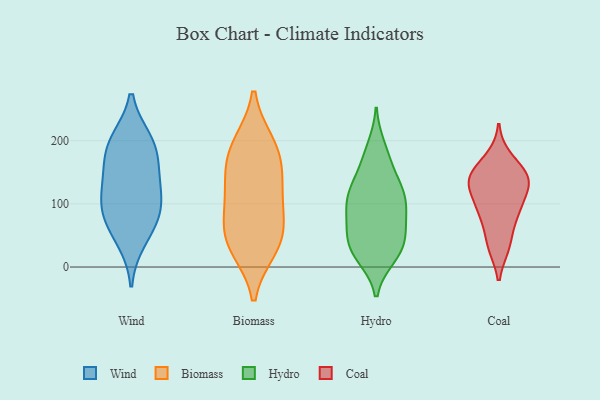
{"axis": {"x": "Gross Profit (USD K)", "y": "Value"}, "legend": ["Biomass", "Coal", "Hydro", "Wind"], "data": [{"x": "", "y": 91, "type": "Wind"}, {"x": "", "y": 123, "type": "Wind"}, {"x": "", "y": 87, "type": "Wind"}, {"x": "", "y": 72, "type": "Wind"}, {"x": "", "y": 180, "type": "Wind"}, {"x": "", "y": 200, "type": "Wind"}, {"x": "", "y": 158, "type": "Wind"}, {"x": "", "y": 126, "type": "Wind"}, {"x": "", "y": 43, "type": "Wind"}, {"x": "", "y": 200, "type": "Wind"}, {"x": "", "y": 38, "type": "Biomass"}, {"x": "", "y": 194, "type": "Biomass"}, {"x": "", "y": 123, "type": "Biomass"}, {"x": "", "y": 31, "type": "Biomass"}, {"x": "", "y": 96, "type": "Biomass"}, {"x": "", "y": 44, "type": "Biomass"}, {"x": "", "y": 71, "type": "Biomass"}, {"x": "", "y": 139, "type": "Biomass"}, {"x": "", "y": 190, "type": "Biomass"}, {"x": "", "y": 169, "type": "Biomass"}, {"x": "", "y": 50, "type": "Hydro"}, {"x": "", "y": 126, "type": "Hydro"}, {"x": "", "y": 63, "type": "Hydro"}, {"x": "", "y": 113, "type": "Hydro"}, {"x": "", "y": 121, "type": "Hydro"}, {"x": "", "y": 27, "type": "Hydro"}, {"x": "", "y": 24, "type": "Hydro"}, {"x": "", "y": 117, "type": "Hydro"}, {"x": "", "y": 93, "type": "Hydro"}, {"x": "", "y": 17, "type": "Hydro"}, {"x": "", "y": 99, "type": "Hydro"}, {"x": "", "y": 64, "type": "Hydro"}, {"x": "", "y": 189, "type": "Hydro"}, {"x": "", "y": 42, "type": "Hydro"}, {"x": "", "y": 174, "type": "Hydro"}, {"x": "", "y": 154, "type": "Hydro"}, {"x": "", "y": 89, "type": "Hydro"}, {"x": "", "y": 22, "type": "Hydro"}, {"x": "", "y": 90, "type": "Coal"}, {"x": "", "y": 119, "type": "Coal"}, {"x": "", "y": 34, "type": "Coal"}, {"x": "", "y": 134, "type": "Coal"}, {"x": "", "y": 83, "type": "Coal"}, {"x": "", "y": 136, "type": "Coal"}, {"x": "", "y": 172, "type": "Coal"}, {"x": "", "y": 35, "type": "Coal"}, {"x": "", "y": 86, "type": "Coal"}, {"x": "", "y": 147, "type": "Coal"}, {"x": "", "y": 134, "type": "Coal"}, {"x": "", "y": 148, "type": "Coal"}]}